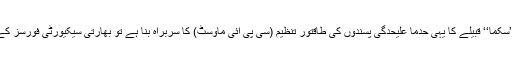
اور اب چھتیس گڑھ میں ’’سکما‘‘ قبیلے کا یہی حدما علیحدگی پسندوں کی طاقتور تنظیم (سی پی آئی ماؤسٹ) کا سربراہ بنا ہے تو بھارتی سیکیورٹی فورسز کے پسینے چھوٹ رہے ہیں۔